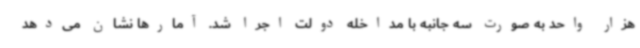
هزار واحد به صورت سه جانبه با مداخله دولت اجرا شد. آمارها نشان می‌دهد